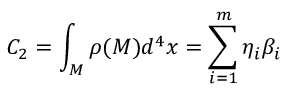
C _ { 2 } = \int _ { M } \rho ( M ) d ^ { 4 } x = \sum _ { i = 1 } ^ { m } \eta _ { i } \beta _ { i }